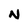
Character: N